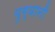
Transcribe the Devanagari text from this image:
युग्वानी